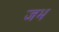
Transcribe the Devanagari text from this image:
जभ